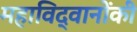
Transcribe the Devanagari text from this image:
महाविद्वानोंकी